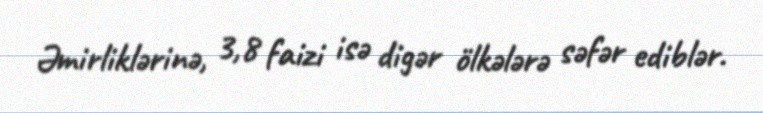
Əmirliklərinə, 3,8 faizi isə digər ölkələrə səfər ediblər.